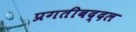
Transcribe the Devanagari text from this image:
प्रगतीबद्दल